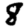
Digit: 8